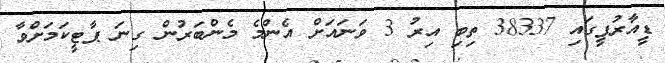
ޑީއާރުޕީގައި 38337 ތިބި އިރު 3 ވަނައަށް އެންމެ މެންބަރުން ގިނަ ޕާޓީކަމަށްވާ